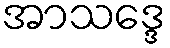
အာသဒ္ဒေ